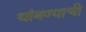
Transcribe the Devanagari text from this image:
थांबण्याची